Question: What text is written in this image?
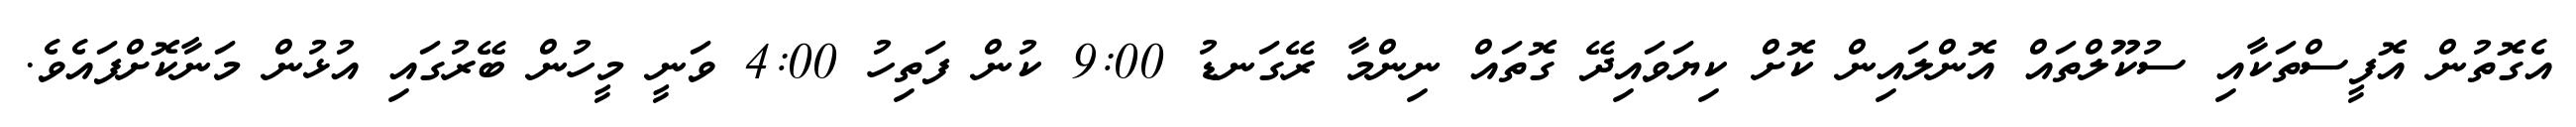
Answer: އެގޮތުން އޮފީސްތަކާއި ސުކޫލްތައް އޮންލައިން ކޮށް ކިޔަވައިދޭ ގޮތައް ނިންމާ ރޭގަނޑު 9:00 ކުން ފަތިހު 4:00 ވަނީ މީހުން ބޭރުގައި އުޅުން މަނާކޮށްފައެވެ.